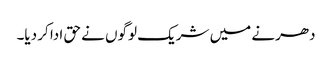
دھرنے میں شریک لوگوں نے حق ادا کر دیا۔